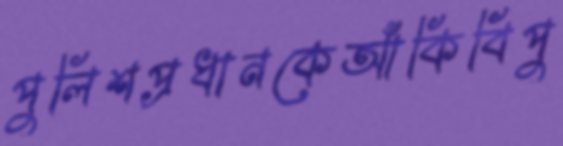
পুলিশপ্রধানকেআঁকিবিপু